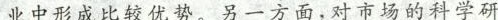
业中形成比较优势。另一方面，对市场的科学研